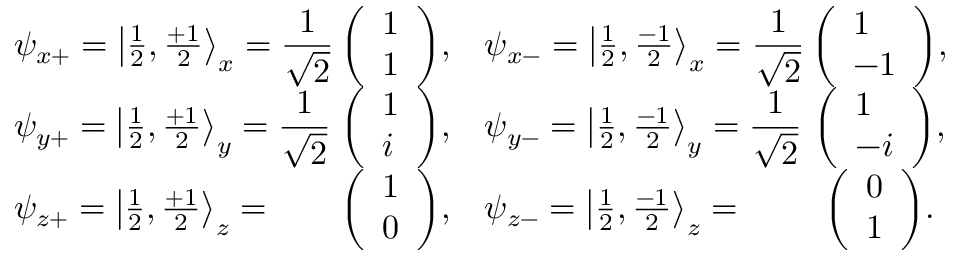
{ \begin{array} { l c l c } { \psi _ { x + } = \left| { \frac { 1 } { 2 } } , { \frac { + 1 } { 2 } } \right\rangle _ { x } = \displaystyle { \frac { 1 } { \sqrt { 2 } } } \! \! \! \! \! } & { { \left( \begin{array} { l } { { 1 } } \\ { { 1 } } \end{array} \right) } , } & { \psi _ { x - } = \left| { \frac { 1 } { 2 } } , { \frac { - 1 } { 2 } } \right\rangle _ { x } = \displaystyle { \frac { 1 } { \sqrt { 2 } } } \! \! \! \! \! } & { { \left( \begin{array} { l } { { 1 } } \\ { { - 1 } } \end{array} \right) } , } \\ { \psi _ { y + } = \left| { \frac { 1 } { 2 } } , { \frac { + 1 } { 2 } } \right\rangle _ { y } = \displaystyle { \frac { 1 } { \sqrt { 2 } } } \! \! \! \! \! } & { { \left( \begin{array} { l } { { 1 } } \\ { { i } } \end{array} \right) } , } & { \psi _ { y - } = \left| { \frac { 1 } { 2 } } , { \frac { - 1 } { 2 } } \right\rangle _ { y } = \displaystyle { \frac { 1 } { \sqrt { 2 } } } \! \! \! \! \! } & { { \left( \begin{array} { l } { { 1 } } \\ { { - i } } \end{array} \right) } , } \\ { \psi _ { z + } = \left| { \frac { 1 } { 2 } } , { \frac { + 1 } { 2 } } \right\rangle _ { z } = } & { { \left( \begin{array} { l } { 1 } \\ { 0 } \end{array} \right) } , } & { \psi _ { z - } = \left| { \frac { 1 } { 2 } } , { \frac { - 1 } { 2 } } \right\rangle _ { z } = } & { { \left( \begin{array} { l } { 0 } \\ { 1 } \end{array} \right) } . } \end{array} }